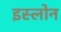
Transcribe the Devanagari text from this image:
इस्लोन